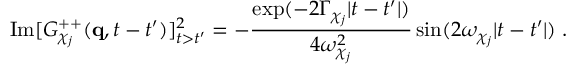
\mathrm { I m } [ G _ { \chi _ { j } } ^ { + + } ( { \bf q } , t - t ^ { \prime } ) ] _ { t > t ^ { \prime } } ^ { 2 } = - \frac { \exp ( - 2 \Gamma _ { \chi _ { j } } | t - t ^ { \prime } | ) } { 4 \omega _ { \chi _ { j } } ^ { 2 } } \sin ( 2 \omega _ { \chi _ { j } } | t - t ^ { \prime } | ) \; .